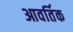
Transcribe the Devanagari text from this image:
आवर्तिक